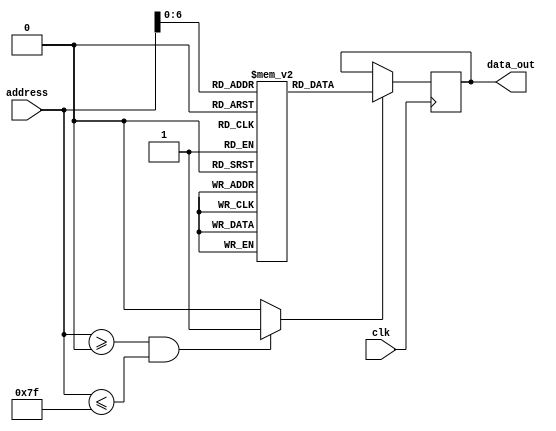
`timescale 1ns / 1ps

module program_memory(clk,address,data_out);

input clk;
input [7:0] address;
output reg [7:0] data_out;
reg enable;


parameter YUKLE_A_SBT	= 8'h86;
parameter YUKLE_A		= 8'h87;
parameter YUKLE_B_SBT	= 8'h88;
parameter YUKLE_B		= 8'h89;
parameter KAYDET_A		= 8'h96;	
parameter KAYDET_B		= 8'h97;

parameter TOPLA_AB		= 8'h42;
parameter CIKAR_AB		= 8'h43;
parameter AND_AB		= 8'h44;
parameter OR_AB			= 8'h45;
parameter ARTTIR_A		= 8'h46;
parameter ARTTIR_B		= 8'h47;
parameter DUSUR_A		= 8'h48;
parameter DUSUR_B		= 8'h49;

parameter ATLA				    = 8'h20;
parameter ATLA_NEGATIFSE		= 8'h21;
parameter ATLA_POZITIFSE		= 8'h22;
parameter ATLA_ESITSE_SIFIR	    = 8'h23;
parameter ATLA_DEGILSE_SIFIR	= 8'h24;
parameter ATLA_OVERFLOW_VARSA   = 8'h25;
parameter ATLA_OVERFLOW_YOKSA   = 8'h26;
parameter ATLA_ELDE_VARSA		= 8'h27;
parameter ATLA_ELDE_YOKSA       = 8'h28;


reg [7:0] ROM [127:0];
integer i;

initial begin

    ROM[0] <= YUKLE_A;
    ROM[1] <= 8'hF0;
    ROM[2] <= YUKLE_B;
    ROM[3] <= 8'hF1;
    ROM[4] <= TOPLA_AB;
    ROM[5] <= ATLA_ESITSE_SIFIR;
    ROM[6] <= 8'h0B;
    ROM[7] <= KAYDET_A;
    ROM[8] <= 8'h80;
    ROM[9] <= ATLA;
    ROM[10] <= 8'h20;
    ROM[11] <= YUKLE_A;
    ROM[12] <= 8'hF2;
    ROM[13] <= ATLA;
    ROM[14] <= 8'h04;
    for(i=15;i<128;i=i+1) begin
        ROM[i] <= 8'b00000000;
    end
end
    always @(*) begin
        if(address >= 8'h00 && address <= 8'h7F) begin
            enable = 1'b1;
        end else begin
            enable = 1'b0;
        end
    end

    always @(posedge clk) begin
        if(enable == 1) begin
            data_out <= ROM[address];
        end
    end


endmodule